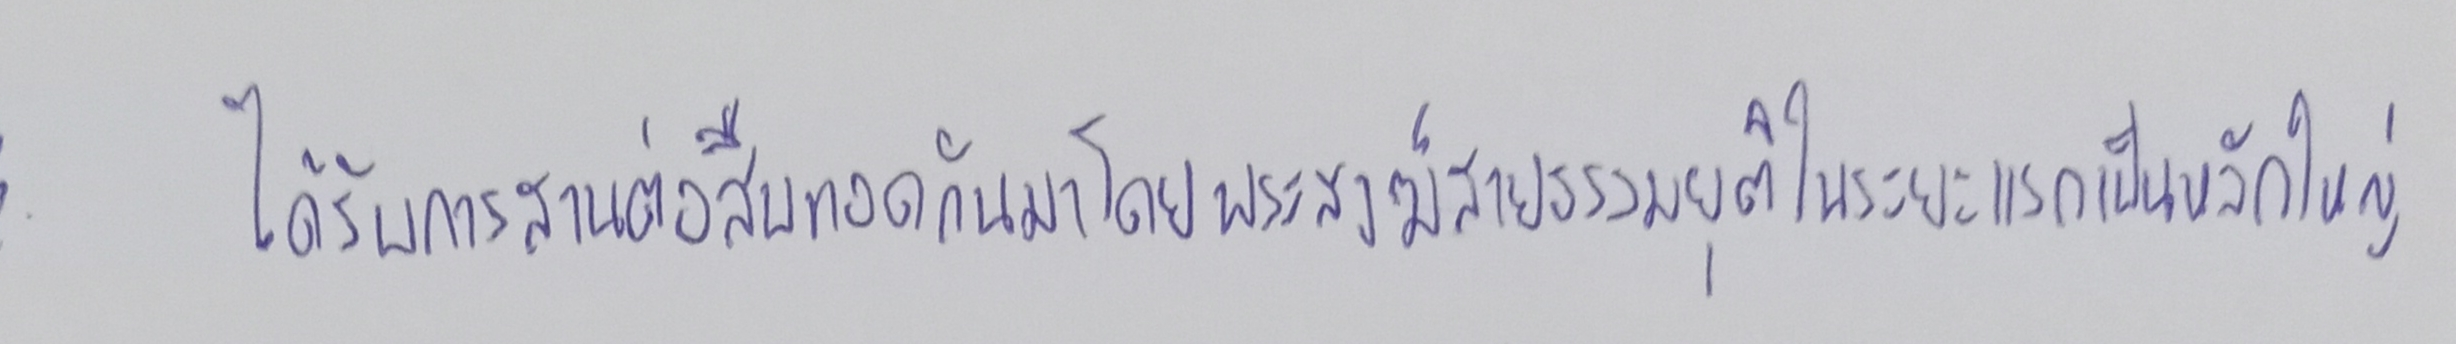
ได้รับการสานต่อสืบทอดกันมาโดยพระสงฆ์สายธรรมยุติในระยะแรกเป็นหลักใหญ่